Lunatic asylums in Bengal annual reports 1888-1898 - 1888-1898
Year: 1888
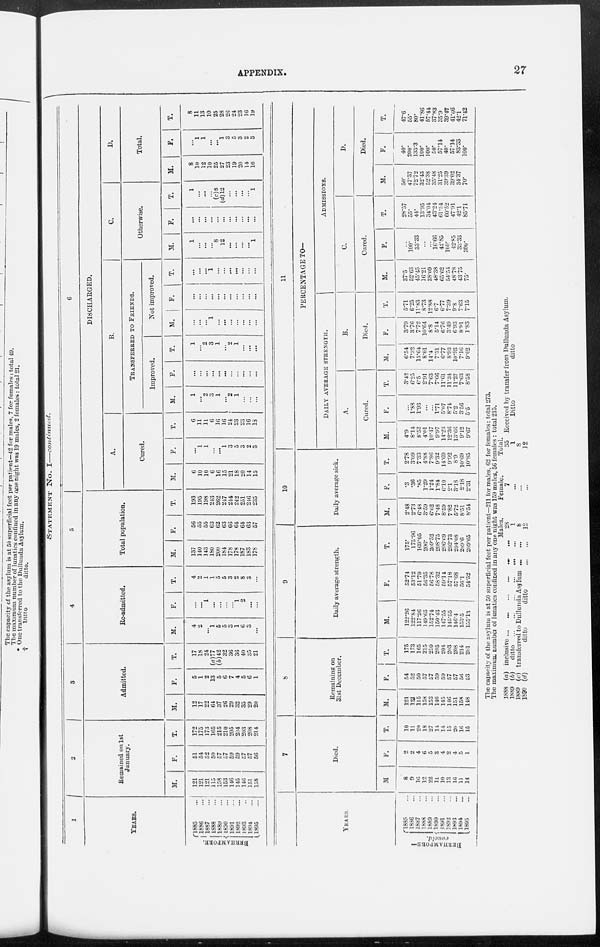
APPENDIX.
27
STATEMENT No. I—continued.
1
YEARS.
BERHAMPORE.
1885 ...
1886 ...
1887 ...
1888 ...
1889 ...
1890 ...
1891 ...
1892 ...
1893 ...
1894 ...
1895 ...
2
Remained on 1st
January.
M.
121
121
121
115
158
153
146
145
146
151
158
F.
51
54
52
50
57
57
59
59
57
57
56
T.
172
175
173
165
215
210
205
204
203
208
214
3
Admitted.
M.
12
17
22
64
37
26
29
32
35
29
20
F.
5
1
2
13
5
6
7
4
5
6
1
T.
17
18
24
(a)77
(b)42
32
36
36
40
35
21
4
Re-admitted.
M.
4
2
...
1
5
5
3
1
6
3
...
F.
...
...
1
...
...
...
...
1
2
...
...
T.
4
2
1
1
5
5
3
2
8
3
...
5
Total population.
M.
137
140
143
180
200
184
178
178
187
183
178
F.
56
55
55
63
62
63
66
64
64
63
57
T.
193
195
198
243
262
247
244
242
251
246
235
6
DISCHARGED.
A.
Cured.
M.
6
10
10
6
16
15
21
18
20
14
15
F.
...
1
1
...
...
1
3
5
3
2
3
T.
6
11
11
6
16
16
24
23
23
16
18
B.
TRANSFERRED TO FRIENDS.
Improved.
M.
1
...
2
3
1
...
2
1
...
...
...
F.
...
...
...
...
...
...
...
...
...
...
...
T.
1
...
2
3
1
...
2
1
...
...
...
Not improved.
M.
...
...
...
1
...
...
...
...
...
...
...
F.
...
...
...
...
...
...
...
...
...
...
...
T.
...
...
...
1
...
...
...
...
...
...
...
C.
Otherwise.
M.
1
...
...
...
8
12
...
...
...
...
1
F.
...
...
...
...
...
...
...
...
...
...
...
T.
1
...
...
...
(c)8
(d)12
...
...
...
...
1
D.
Total.
M.
8
10
12
10
25
27
23
19
20
14
16
F.
...
1
1
...
...
1
3
5
3
2
3
T.
8
11
13
10
25
28
26
24
23
16
19
YEARS.
BERHAMPORE—
concld.
1885 ...
1886 ...
1887
...
1888
...
1889
...
1890
...
1891 ...
1892 ...
1893
...
1894 ...
1895
...
7
Died.
M.
8
9
16
12
22
11
10
13
16
11
14
F.
2
2
4
6
5
3
4
2
4
5
1
T.
10
11
20
18
27
14
14
15
20
16
15
8
Remaining on
31st December.
M.
121
121
115
158
153
146
145
146
151
158
148
F.
54
52
50
57
57
59
59
57
57
56
53
T.
175
173
165
215
210
205
204
203
208
214
201
9
Daily average strength.
M.
122.26
122.84
117.26
149.65
152.74
150.43
147.55
145.55
146.4
153.5
155.13
F.
52.74
53.12
51.79
56.35
56.78
58.32
59.14
57.18
57.68
56.1
54.52
T.
175.
175.96
169.05
206.
209.52
208.75
206.69
202.73
204.08
209.6
209.65
10
Daily average sick.
M.
2.48
2.73
6.48
3.59
6.62
7.48
8.59
7.82
5.72
8.51
8.54
F.
.3
.36
.85
1.29
1.24
1.84
6.10
2.1
3.18
2.18
2.31
T.
2.78
3.09
7.33
4.88
7.86
9.32
14.69
9.92
8.9
10.69
10.85
11
PERCENTAGE TO—
DAILY AVERAGE STRENGTH.
A.
Cured.
M.
4.9
8.14
8.52
4.01
10.47
9.97
14.23
12.36
13.66
9.12
9.67
F.
...
1.88
1.93
...
...
1.71
5.07
8.74
5.2
3.56
5.5
T.
3.42
6.25
6.5
2.91
7.63
7.66
11.61
11.34
11.27
7.63
8.58
B.
Died.
M.
6.54
7.32
13.64
8.01
14.4
7.31
6.77
8.93
10.93
7.16
9.02
F.
3.79
3.76
7.72
10.64
8.8
5.14
6.76
3.49
6.93
8.91
1.83
T.
5.71
6.25
11.83
8.73
12.88
6.7
6.77
7.39
9.8
7.63
7.15
ADMISSIONS.
C.
Cured.
M.
37.5
52.63
45.45
16.21
38.09
48.38
65.62
54.54
48.78
43.75
75.
F.
...
100.
33.33
...
...
16.66
42.85
100.
42.85
33.33
300.
T.
28.57
55.
44.
13.95
34.04
43.24
61.54
60.52
47.91
42.1
85.71
D.
Died.
M.
50.
47.37
72.72
32.43
52.38
35.48
31.25
39.39
39.02
34.37
70.
F.
40.
200.
133.3
100.
100.
50.
57.14
40.
57.14
83.33
100.
T.
47.6
55.
80.
41.86
57.44
37.83
35.9
39.47
41.66
42.1
71.42
The capacity of the asylum is at 50 superficial feet per patient—211 for males, 62 for females: total 273.
The maximum number of lunatics confined in any one night was 159 males, 56 females: total 215.
1888
1889
1889
1890
(a) inclusive ... ... ... ... ...
(b) ditto ... ... ... ... ...
(c) transferred to Dullunda Asylum ... ...
(d)
ditto
ditto
...
...
Males.
28
1
8
12
Female.
7
...
...
...
Total.
35
1
8
12
Received by transfer from Dullunda Asylum.
Ditto
ditto